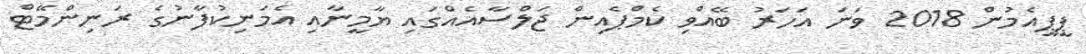
ޕީޕީއެމުން 2018 ވަނަ އަހަރު ބޭއްވި ކެމްޕެއިން ޖަލްސާއެއްގައި ޔާމީނާއި އެމަނިކުފާނުގެ ރަނިންމޭޓް